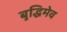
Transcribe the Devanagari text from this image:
बुद्धिमेव